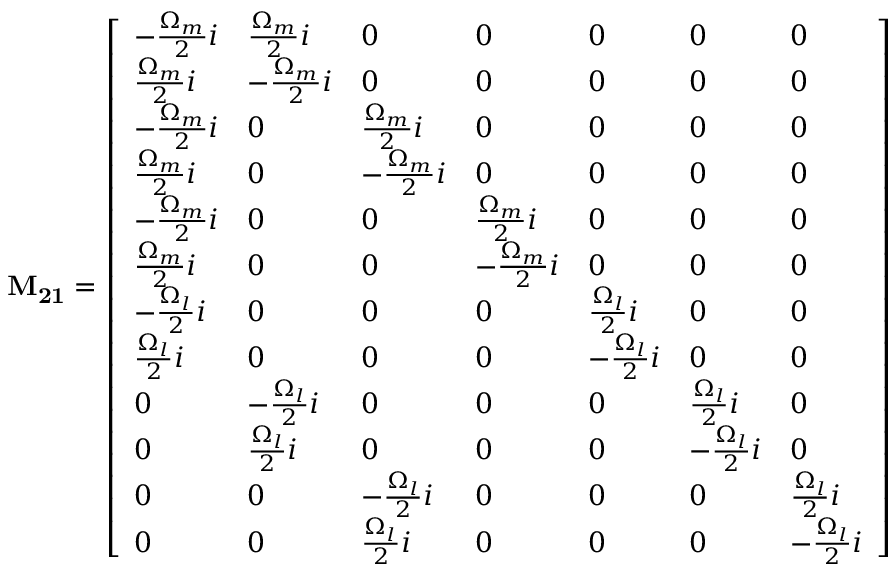
\mathbf { M _ { 2 1 } } = \left[ \begin{array} { l l l l l l l } { - \frac { \Omega _ { m } } { 2 } i } & { \frac { \Omega _ { m } } { 2 } i } & { 0 } & { 0 } & { 0 } & { 0 } & { 0 } \\ { \frac { \Omega _ { m } } { 2 } i } & { - \frac { \Omega _ { m } } { 2 } i } & { 0 } & { 0 } & { 0 } & { 0 } & { 0 } \\ { - \frac { \Omega _ { m } } { 2 } i } & { 0 } & { \frac { \Omega _ { m } } { 2 } i } & { 0 } & { 0 } & { 0 } & { 0 } \\ { \frac { \Omega _ { m } } { 2 } i } & { 0 } & { - \frac { \Omega _ { m } } { 2 } i } & { 0 } & { 0 } & { 0 } & { 0 } \\ { - \frac { \Omega _ { m } } { 2 } i } & { 0 } & { 0 } & { \frac { \Omega _ { m } } { 2 } i } & { 0 } & { 0 } & { 0 } \\ { \frac { \Omega _ { m } } { 2 } i } & { 0 } & { 0 } & { - \frac { \Omega _ { m } } { 2 } i } & { 0 } & { 0 } & { 0 } \\ { - \frac { \Omega _ { l } } { 2 } i } & { 0 } & { 0 } & { 0 } & { \frac { \Omega _ { l } } { 2 } i } & { 0 } & { 0 } \\ { \frac { \Omega _ { l } } { 2 } i } & { 0 } & { 0 } & { 0 } & { - \frac { \Omega _ { l } } { 2 } i } & { 0 } & { 0 } \\ { 0 } & { - \frac { \Omega _ { l } } { 2 } i } & { 0 } & { 0 } & { 0 } & { \frac { \Omega _ { l } } { 2 } i } & { 0 } \\ { 0 } & { \frac { \Omega _ { l } } { 2 } i } & { 0 } & { 0 } & { 0 } & { - \frac { \Omega _ { l } } { 2 } i } & { 0 } \\ { 0 } & { 0 } & { - \frac { \Omega _ { l } } { 2 } i } & { 0 } & { 0 } & { 0 } & { \frac { \Omega _ { l } } { 2 } i } \\ { 0 } & { 0 } & { \frac { \Omega _ { l } } { 2 } i } & { 0 } & { 0 } & { 0 } & { - \frac { \Omega _ { l } } { 2 } i } \end{array} \right]